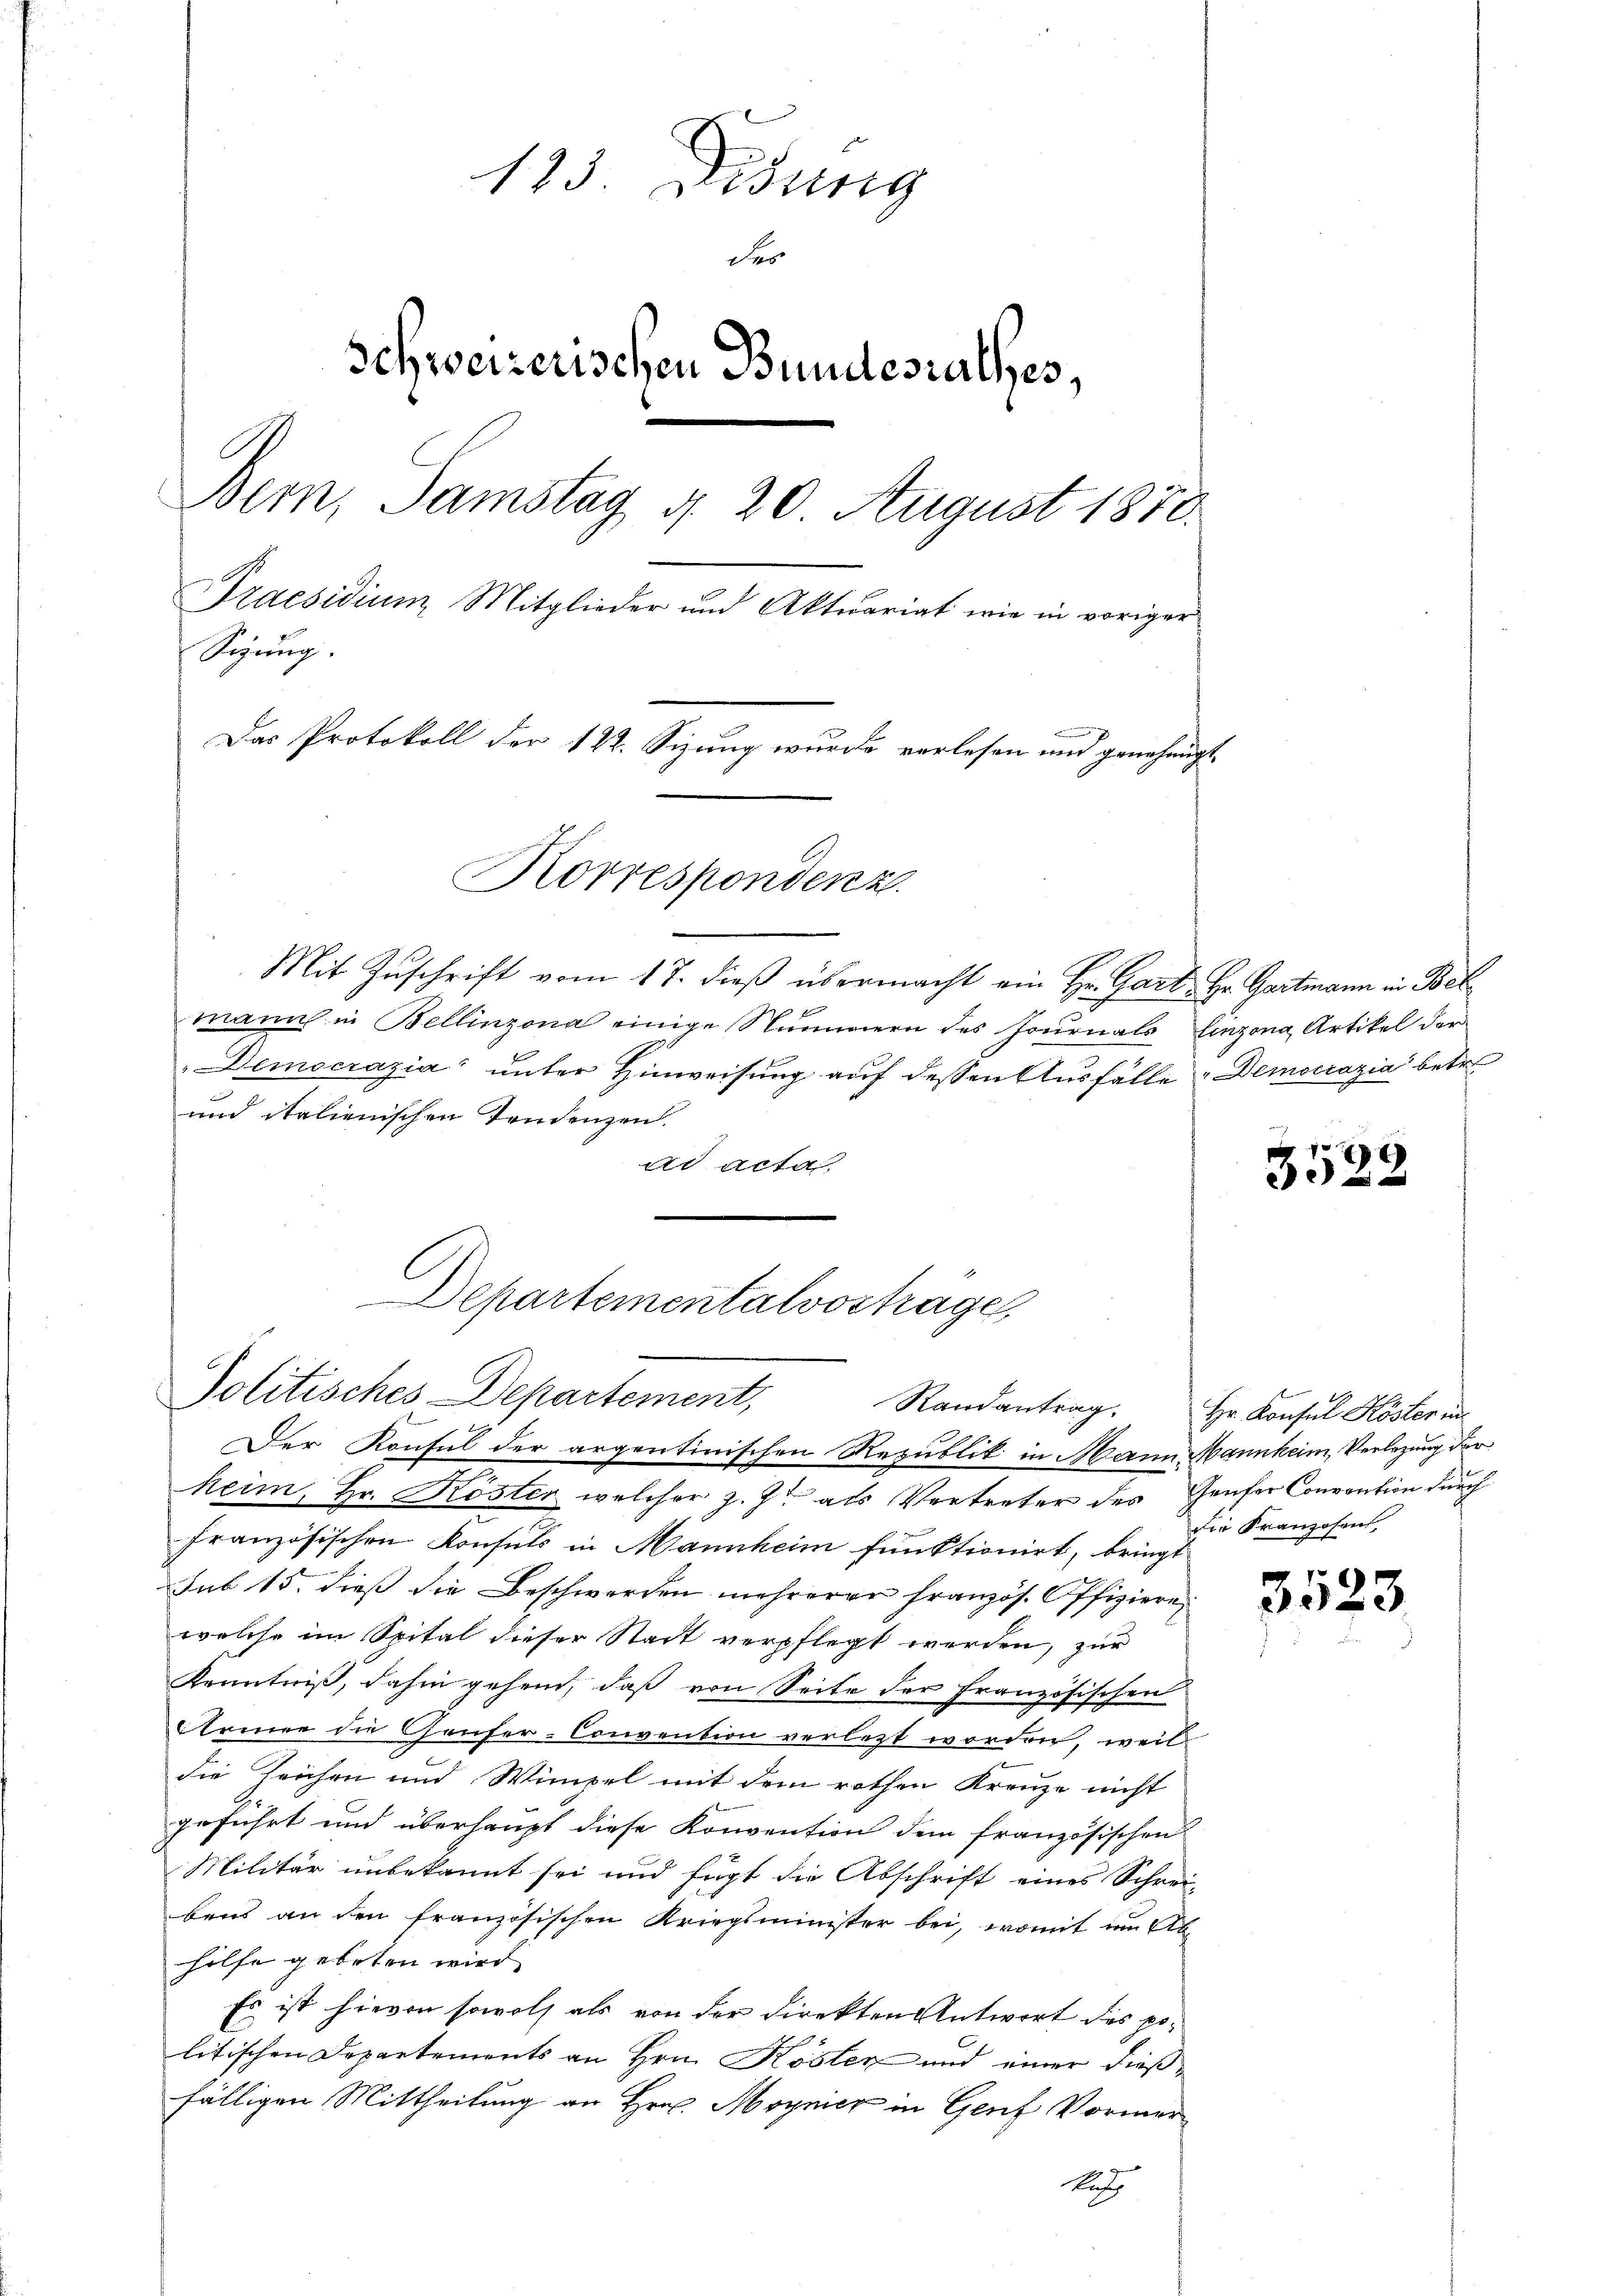
123. Didung
der
Schweizerischen Bundesrathes,
Bern, Samstag d. 20 August 1870.
Praesidium Mitglieder und Aktuariat wie in voriger
Sigung.
.
Das Protokoll der 122. Sizung wurde verlesen und genehmigt.
Korrespondenz.

Mit Zuschrift vom 17. dieß übermacht ein Hr. Gart. Hr. Gartmann in Bel¬
0 x
mann in Bellinzona einige Nummern des Journals Linzona Artikel der
Democrazia“ unter Hinweisung auf dessen Ausfälle Democrazia betre
und italienischen Tendenzen.
ad acta

Departementalvostrage,
Politisches Departement,

Der Konsul der argentinischen Republik in Mann Mannheim, Verlegung der
keim, Hr. Köster welcher z. J. als Vertreter des Genfer Convention durch
französischen Konsuls in Mannheim funktionirt, bringt
sub 15. dieß die Beschwerden mehrerer französ. Offiziere
welche im Spital dieser Stadt verpflegt werden, zur
Kenntniß, dahin gehend, daß von Seite der Französischen
Armee die Gäufer-Convention verletzt worden, weil
die Teichen und Wimpel mit dem rothen Kreuze nicht
geführt und überhaupt diese Konvention dem französischen
Militär unbekannt sei und fügt die Abschrift eines Schrei-
bens an den französischen Kriegsminister bei, womit im Ab-
hilfe gebeten wird
Es ist hievon sowol als von der Direkten Antwort des politischen Departements an Hrn. Kösten und einer dießfälligen Mittheilung an Hrn. Moynicz in Genf Vormer
Rache

3522

Randantrag. Hr. Konsul Köster in
Die Franzosen,

3523